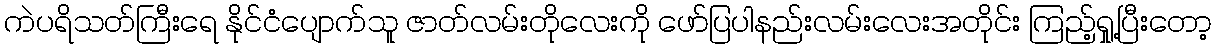
ကဲပရိသတ်ကြီးရေ နိုင်ငံပျောက်သူ ဇာတ်လမ်းတိုလေးကို ဖော်ပြပါနည်းလမ်းလေးအတိုင်း ကြည့်ရှု့ပြီးတော့